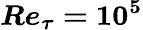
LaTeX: \boldsymbol{Re_{\tau}=10^{5}}